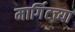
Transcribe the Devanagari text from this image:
मार्गिटच्या